Civil Veterinary Department. Madras. Admin. report 1910-25 - 1910-1925
Year: 1910
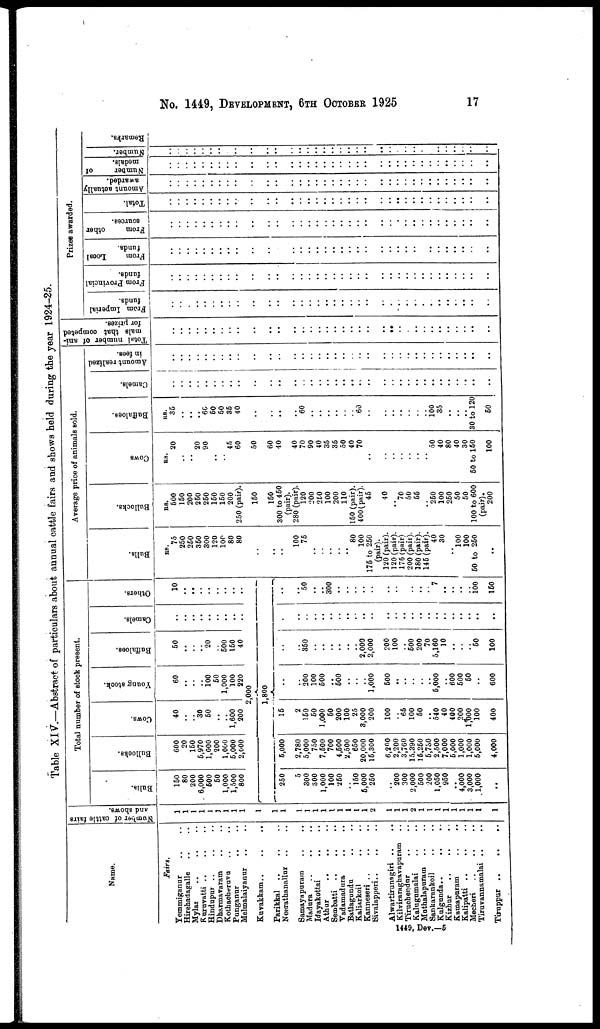
No.
1449, DEVELOPMENT, 6TH OCTOBER 1925
17
Table XIV.—Abstract of particulars about annual cattle fairs and shows held during the year 1924-25.
Name.
Fairs.
Yemmiganur .. ..
Hirehadagalle .. ..
Mylar .. .. ..
Kuruvatti .. .. ..
Hindupur .. .. ..
Dharmavaram .. ..
Kothaoheruvu .. ..
Punganur .. ..
Melmalaiyanur .. .. ..
Kuvakkam .. .. ..
Parikkal .. .. .. ..
Neerathanallur .. ..
Samayapuram .. ..
Madura .. .. ..
Idayakottai .. ..
Athur .. .. ..
Sembatti .. .. ..
Vadamadura .. ..
Batlagundu .. ..
Kaliarkoil .. ..
Kanneseri .. .. ..
Sivalapperi.. .. ..
Alwartirunagiri .. ..
Kilviraraghavapuram ..
Tiruchendur .. ..
Kalugumalai .. ..
Mathalapuraun .. ..
Sankarankoil .. ..
Kulgunda.. .. ..
Kizhur .. .. ..
Kamapuram .. ..
Kalipatti .. .. ..
Mecberi .. .. ..
Tiruvannamalai .. ..
Number of cattle fairs
and shows.
1
1
1
1
1
1
1
1
1
1
1
1
1
1
1
1
1
1
1
1
1
2
1
1
1
2
1
1
1
1
1
1
1
1
1
Total number of stock present.
Balls.
150
80
200
6,000
600
50
1,000
1,500
800
Bullocks.
600
20
150
5,970
1,000
200
1,000
5,000
2,000
Cows.
40
..
.. 30
50
..
..
1,600
200
Young stock.
60
..
.. ..
100
50
1,000
100
220
Buffaloes.
50
..
.. ..
20
.. 500
150
40
Camels.
..
..
..
..
..
..
..
..
..
Others.
10
..
..
..
..
..
..
..
..
2,000
1,800
250
5
300
300
1,000
100
250
..
150
6,000
250
..
200
300
2,000
500
200
1,050
950
..
4,000
3,000
1,000
..
6,000
2,780
5,000
750
7,500
700
4,500
2,500
650
20,000
15,300
6,200
2,200
3,760
15.390
16,260
5,730
2,500
7,000
5,000
1,000
1,000
5,000
4,000
15
2
150
50
1,000
60
200
100
25
3,000
200
100
.. 65
100
50
..
540
40
400
200
1,000
100
400
..
..
200
100
500
..
600
..
.. ..
1,000
500
..
..
..
..
..
5,000
..
600
500
50
..
600
..
..
350
..
..
..
..
..
..
2,000
2,000
200
100
.. 500
200
70
5,160
10
..
..
..
50
100
..
..
..
..
..
..
..
..
..
..
..
..
..
..
..
..
..
..
..
..
..
..
..
....
..
50
..
..
300
..
..
..
..
..
..
..
..
..
..
..
7
..
..
..
100
150
Average price of animals Bold.
Bulls.
Re.
75
250
260
350
300
120
100
80
80
..
..
100
76
..
..
..
..
..
80
100
175 to 250
(pair).
120 (pair).
120 (pair).
175 (pair)
200 (pair).
180 (pair).
145 (pair).
40
30
..
100
100
60 to 250
..
Bullocks.
RS.
500
150
200
250
250
150
150
200
250 (pair).
160
150
300 to 450
(pair).
280 (pair).
120
200
2E0
100
200
110
150 (pair).
400 (pair).
45
40
..
70
50
55
..
250
100
250
50
50
100 to 600
(pair).
200
Cows
RS.
20
..
..
20
90
..
..
45
60
50
60
40
40
70
90
40
35
35
50
40
70
..
..
..
..
..
..
..
50
40
80
40
30
50 to 150
100
Buffaloes.
RS.
35
..
..
..
60
60
50
36
40
..
..
..
..
60
..
..
..
..
..
.. 60
..
..
..
..
..
..
..
100 35
..
..
..
30 to 120
50
Camels.
..
..
..
..
..
..
..
..
..
..
..
..
..
..
..
..
..
..
..
..
..
..
..
..
..
..
..
..
..
..
..
..
..
..
..
Amount realized
in fees.
..
..
..
..
..
..
..
..
..
..
..
..
..
..
..
..
..
..
..
..
..
..
..
..
..
..
..
..
..
..
..
..
..
..
..
Total number of ani-
mala that competed
for prizes.
..
..
..
..
..
..
..
..
..
..
..
..
..
..
..
..
..
..
..
..
..
..
..
..
..
..
..
..
..
..
..
..
..
..
Prizes awarded.
From Imperial
funds.
..
..
..
..
..
..
..
..
..
..
..
..
..
..
..
..
..
..
..
..
..
..
..
..
..
..
..
..
..
..
..
..
..
..
..
From Provincial
funds.
..
..
..
..
..
..
..
..
..
..
..
..
..
..
..
..
..
..
..
..
..
..
..
..
..
..
..
..
..
..
..
..
..
..
..
From
Local
funds.
..
..
..
..
..
..
..
..
..
..
..
..
..
..
..
..
..
..
..
..
..
..
..
..
..
..
..
..
..
..
..
..
..
..
..
From
other
sources.
..
..
..
..
..
..
..
..
..
..
..
..
..
..
..
..
..
..
..
..
..
..
..
..
..
..
..
..
..
..
..
..
..
..
..
Total.
..
..
..
..
..
..
..
..
..
..
..
..
..
..
..
..
..
..
..
..
..
..
..
..
..
..
..
..
..
..
..
..
..
..
..
Amount actually
awarded.
..
..
..
..
..
..
..
..
..
..
..
..
..
..
..
..
..
..
..
..
..
..
..
..
..
..
..
..
..
..
..
..
..
..
..
Number
of
medals.
..
..
..
..
..
..
..
..
..
..
..
..
..
..
..
..
..
..
..
..
..
..
..
..
..
..
..
..
..
..
..
..
..
..
..
Number.
..
..
..
..
..
..
..
..
..
..
..
..
..
..
..
..
..
..
..
..
..
..
..
..
..
..
..
..
..
..
..
..
..
..
Remarks.
1449, Dev.—5